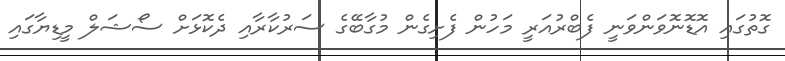
ގޮތުގައި އޮޑޮނޮވަންވަނީ ފެބްރުއަރީ މަހުން ފެށިގެން މުގާބޭގެ ސަރުކާރާއި ދެކޮޅަށް ސޯޝަލް މީޑިޔާގައި